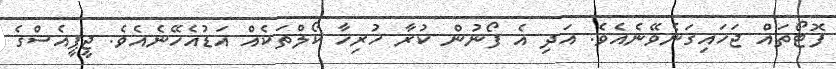
ފޮޓޯތައް ޖަހައިގަނެވޭނެއެވެ. އަދި އެ ފޯނުން ކުރާ ހުރިހާ ކޯލްތަކެއް އަޑުއެހޭނެއެވެ. ޖީޕީއެސްގެ